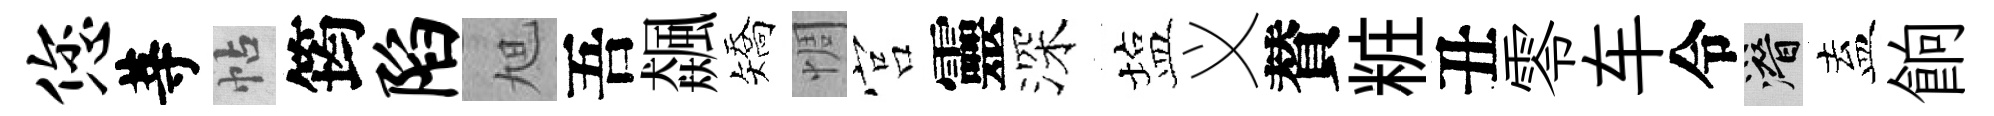
您䓁帖筠陷旭吾飆矯惆宫靈深塩义賛粧丑零车令潜盍餉